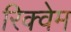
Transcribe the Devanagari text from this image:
रिक्वेम